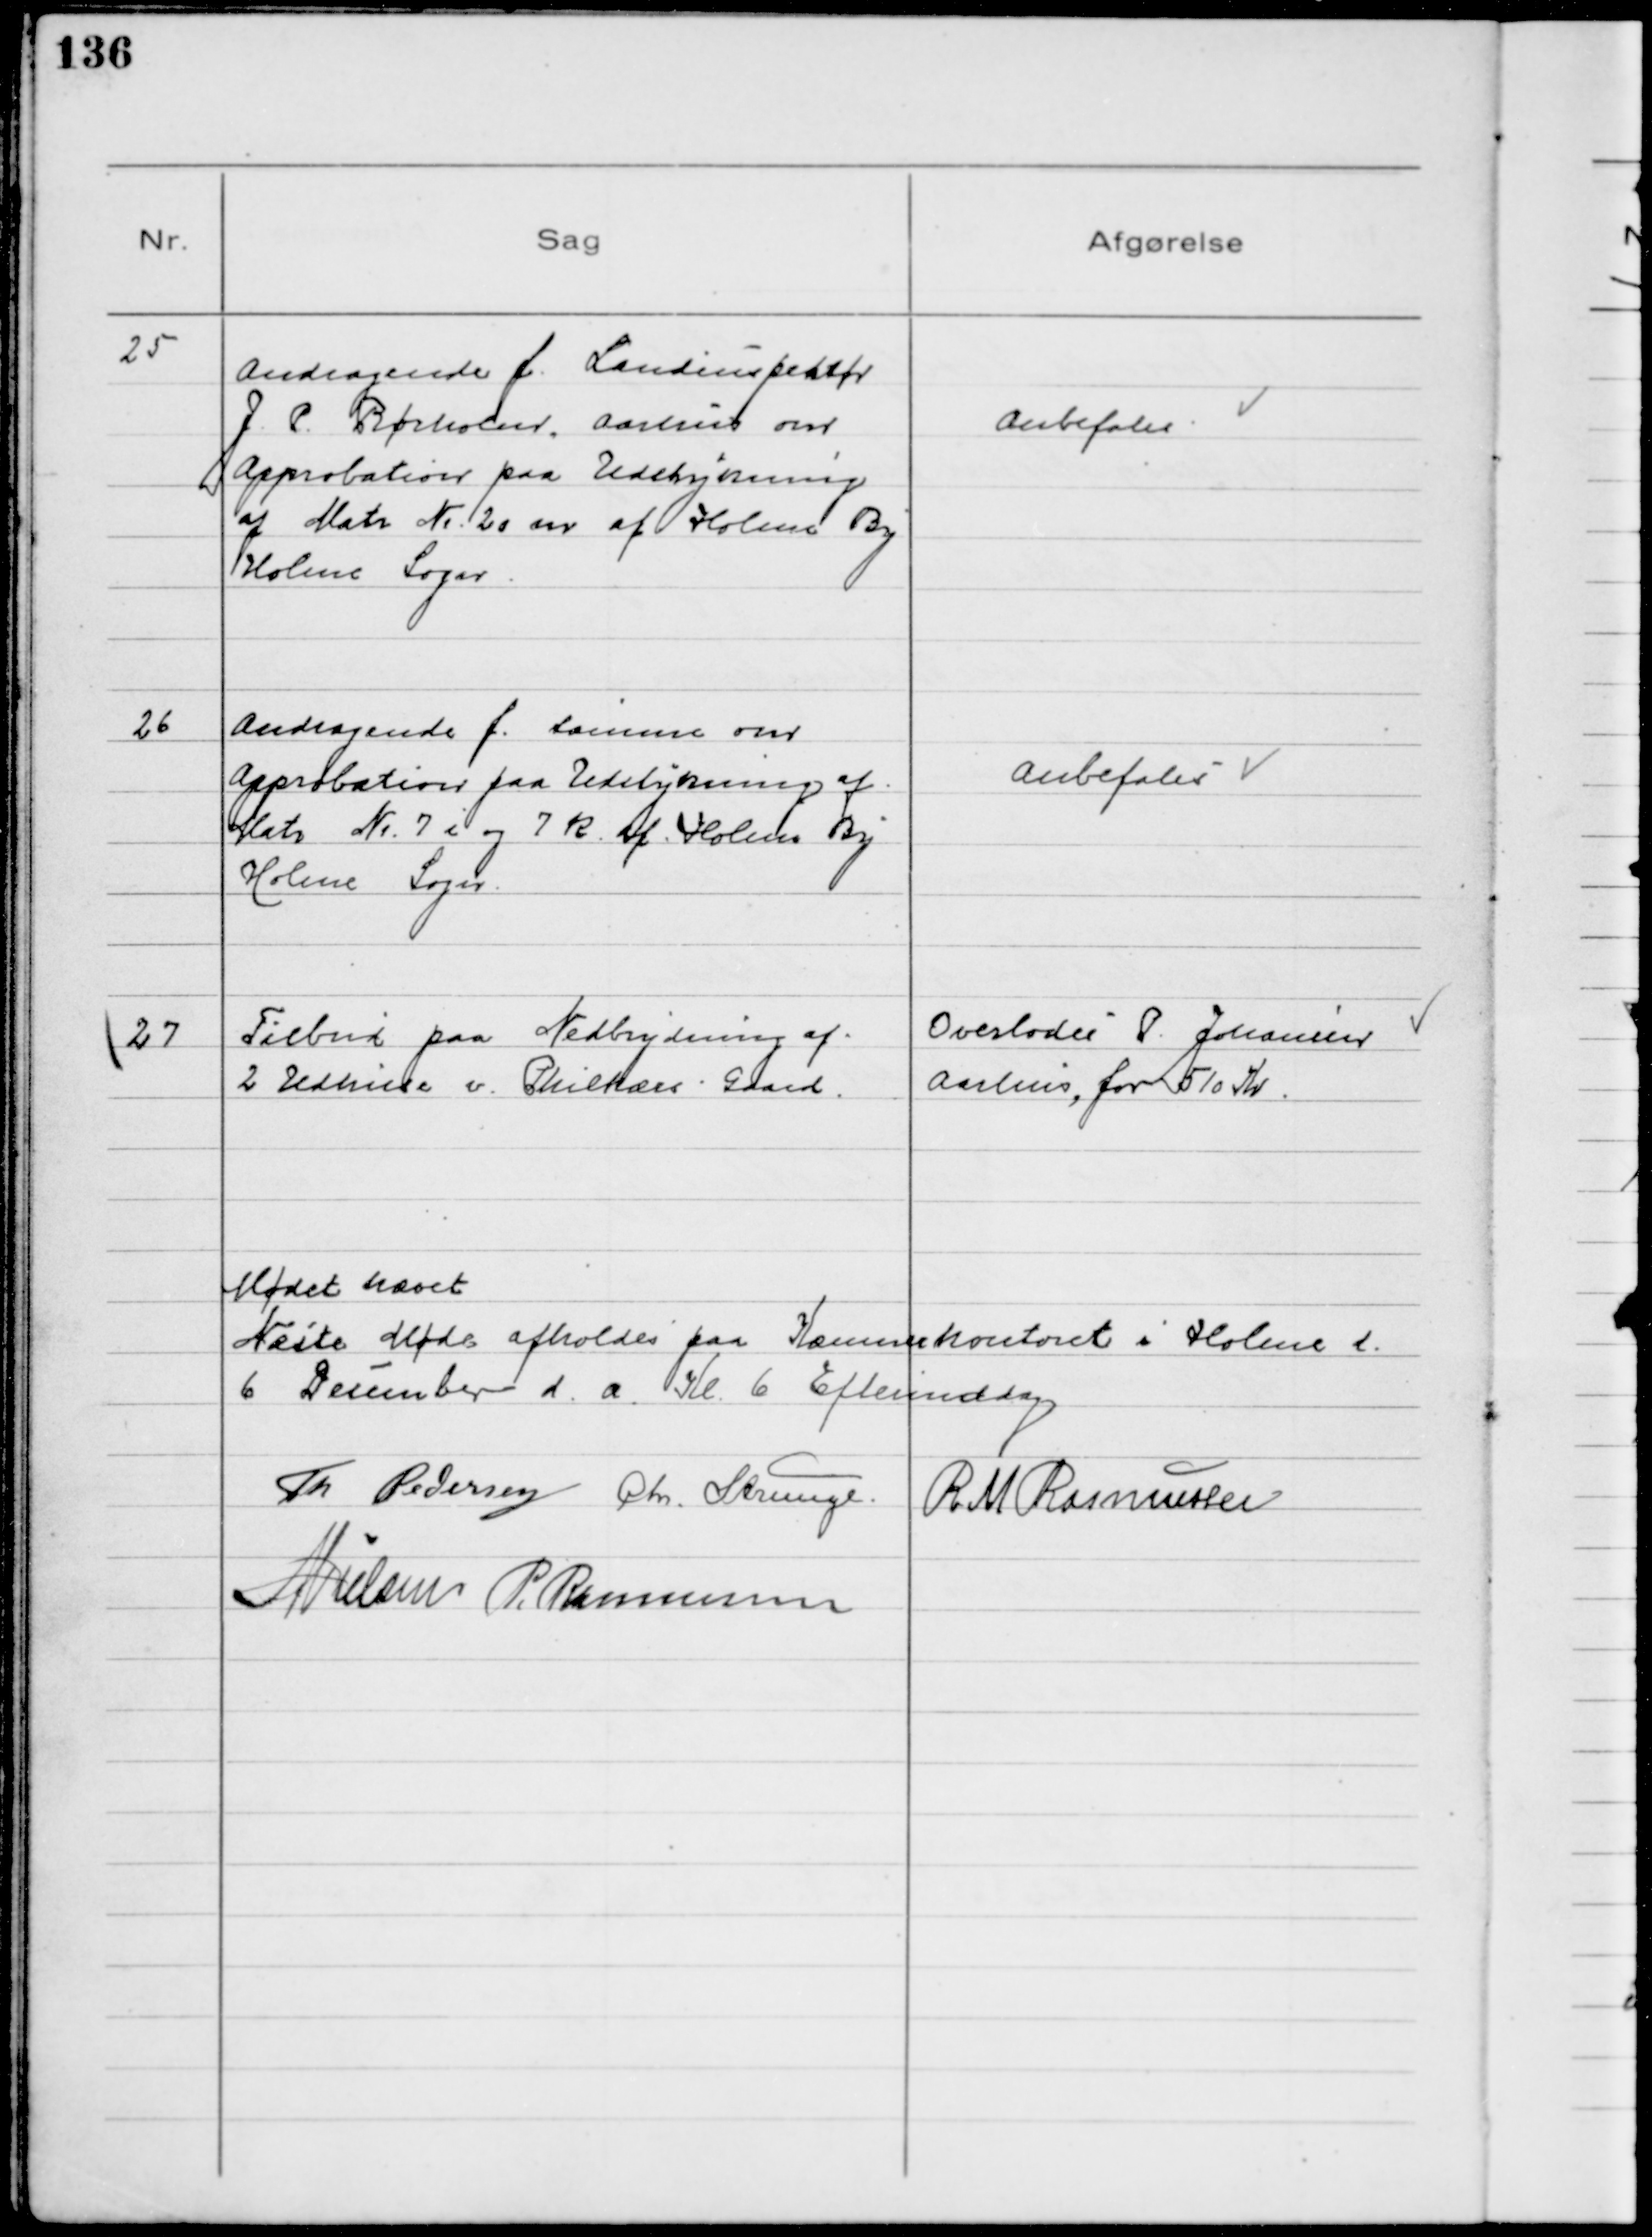
Transskription:
25
Andragende f. Landinspektør
J. P. Rørholm, Aarhus om
Approbation paa Udstykning
af Matr № 20 m af Holme By
Holme Sogn

Anbefales

26
Andragende f. samme om
Approbation paa Udstykning af 
Matr № 7 i og 7 k af Holme By
Holme Sogn

Anbefales

27
Tilbud paa Nedbrydning af
2 Udhuse v. Philkærs Gaard

Overlodes P. Johansen
Aarhus, for 510 Kr.

Mødet hævet
Næste Møde afholdes paa Kommunekontoret i Holme d.
6 December d. a. Kl. 6 Eftermiddag
Th Pedersen Chr Strunge R M Rasmussen
NNielsen P. Rasmussen